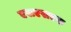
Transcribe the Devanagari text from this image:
एसएसएस